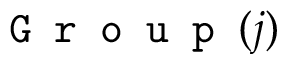
\texttt { G r o u p } ( j )